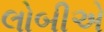
લોબીએ